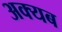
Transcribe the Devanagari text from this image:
अक्यब